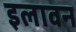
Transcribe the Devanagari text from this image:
इलावन